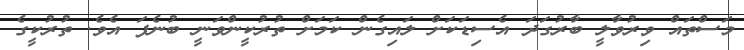
މަސްތައް ވިރުވާލީ ބާރުގަދަ އެސިޑަކަށް ލައިގެން ކަމަށް ތުރުކީންވަނީ ބުނެފަ އެވެ. ތުރުކީގެ